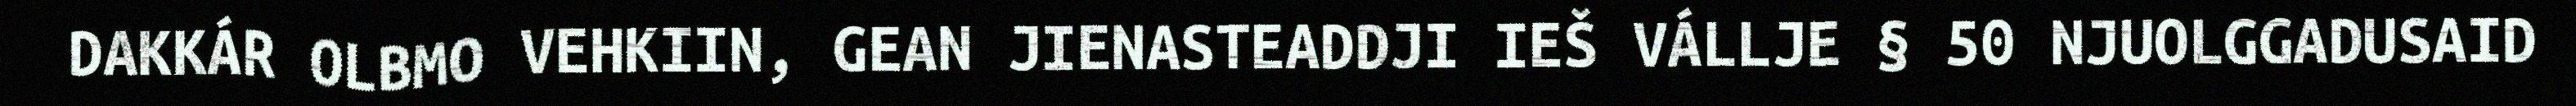
DAKKÁR OLBMO VEHKIIN, GEAN JIENASTEADDJI IEŠ VÁLLJE § 50 NJUOLGGADUSAID